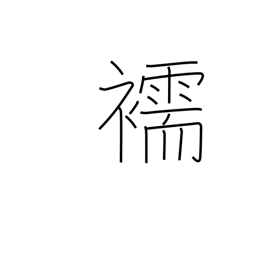
Meaning: underwear